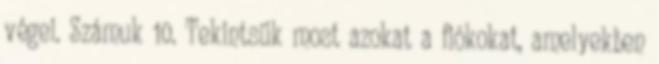
végei. Számuk 10. Tekintsük most azokat a fiókokat, amelyekben